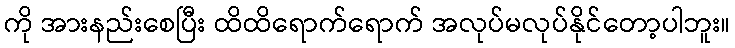
ကို အားနည်းစေပြီး ထိထိရောက်ရောက် အလုပ်မလုပ်နိုင်တော့ပါဘူး။